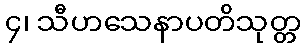
၄၊ သီဟသေနာပတိသုတ္တ